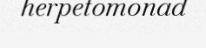
herpetomonad